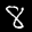
Label: 8